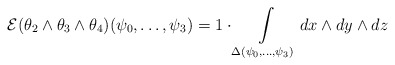
\begin{align*} \mathcal{E} (\theta_2\wedge \theta_3\wedge \theta_4) (\psi_0,\dots,\psi_{3})=1 \cdot \int\limits_{\Delta(\psi_0,\dots,\psi_{3})} dx \wedge dy \wedge dz\end{align*}